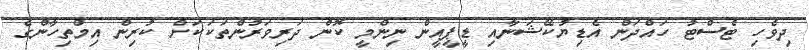
ދިވެހި ޓެސްޓު ހައްދަން އެޑިޔުކޭޝަނާއި ޑީޕީއީން ނިންމީ ކޮން ދަރިވަރުންތަކަކަށް ކުރިން އިމްތިހާންގެ